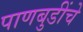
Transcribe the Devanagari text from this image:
पाणबुडींचे